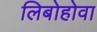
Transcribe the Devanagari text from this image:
लिबोहोवा